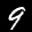
Label: 9